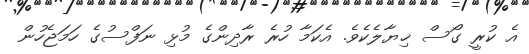
އެ ކުރީ ގޯސް ޚިޔާލެކެވެ. އެކަމާ ހުރެ ރާދިންގެ މުޅި ނަފްސުގެ ހަމަޖެހުން